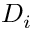
D _ { i }